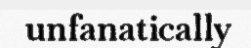
unfanatically